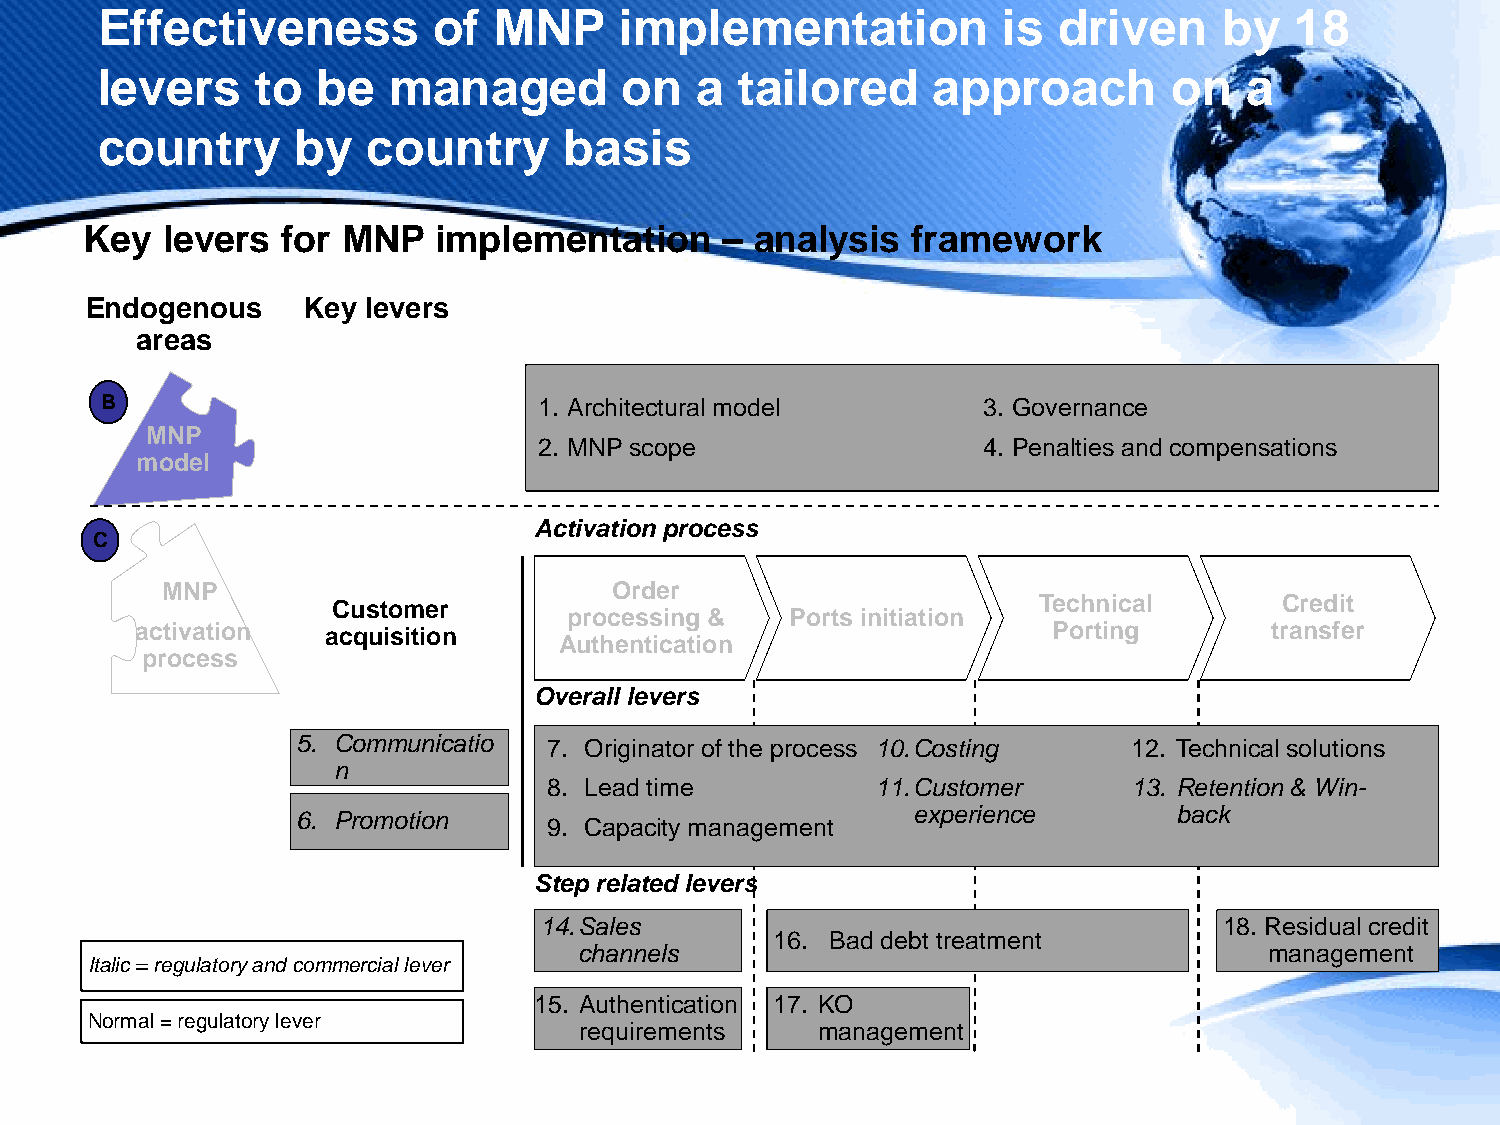
Effectiveness          of  MNP     implementation           is  driven     by   18
 levers     to  be   managed        on   a  tailored     approach        on   a
 country       by  country      basis
 Key  levers  for MNP   implementation     – analysis  framework
 Endogenous    Key levers
 areas
 B                            1. Architectural model       3. Governance
 MNP
 2. MNP scope                 4. Penalties and compensations
 model
 Activation process
 C
 MNP                          Order
 Customer                                       Technical       Credit
 processing &  Ports initiation
 activation  acquisition                                      Porting       transfer
 Authentication
 process
 Overall levers
 5. Communicatio 7. Originator of the process 10.Costing 12. Technical solutions
 n
 8. Lead time          11.Customer      13. Retention & Win-
 experience        back
 6. Promotion    9. Capacity management
 Step related levers
 14.Sales                                     18. Residual credit
 16. Bad debt treatment
 channels                                      management
 Italic = regulatory and commercial lever
 15. Authentication 17. KO
 Normal = regulatory lever
 requirements    management